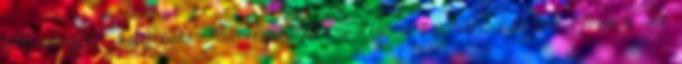
vérkeringését, rendszeres használatával csökkenthető a vércukorszint Növeli a vér